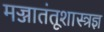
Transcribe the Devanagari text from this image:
मज्जातंतूशास्त्रज्ञ